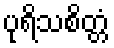
ပုရိသစိတ္တံ